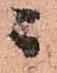
ニ